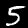
Label: 5